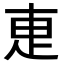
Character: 𭻿